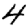
Digit: 4